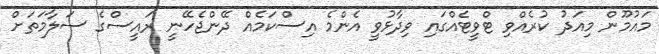
މައުމޫން މިއަދު ކުރެއްވި ޓްވީޓެއްގައި ވިދާޅުވީ އެންމެ އިސްކަމެއް ދޭންޖެހޭނީ ރައީސްގެ ސަލާމަތަށް